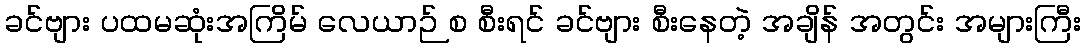
ခင်ဗျား ပထမဆုံးအကြိမ် လေယာဉ် စ စီးရင် ခင်ဗျား စီးနေတဲ့ အချိန် အတွင်း အများကြီး